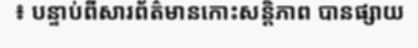
៖ បន្ទាប់ពីសារព័ត៌មានកោះសន្តិភាព បានផ្សាយ